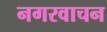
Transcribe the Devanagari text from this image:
नगरवाचन